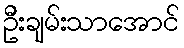
ဦးချမ်းသာအောင်